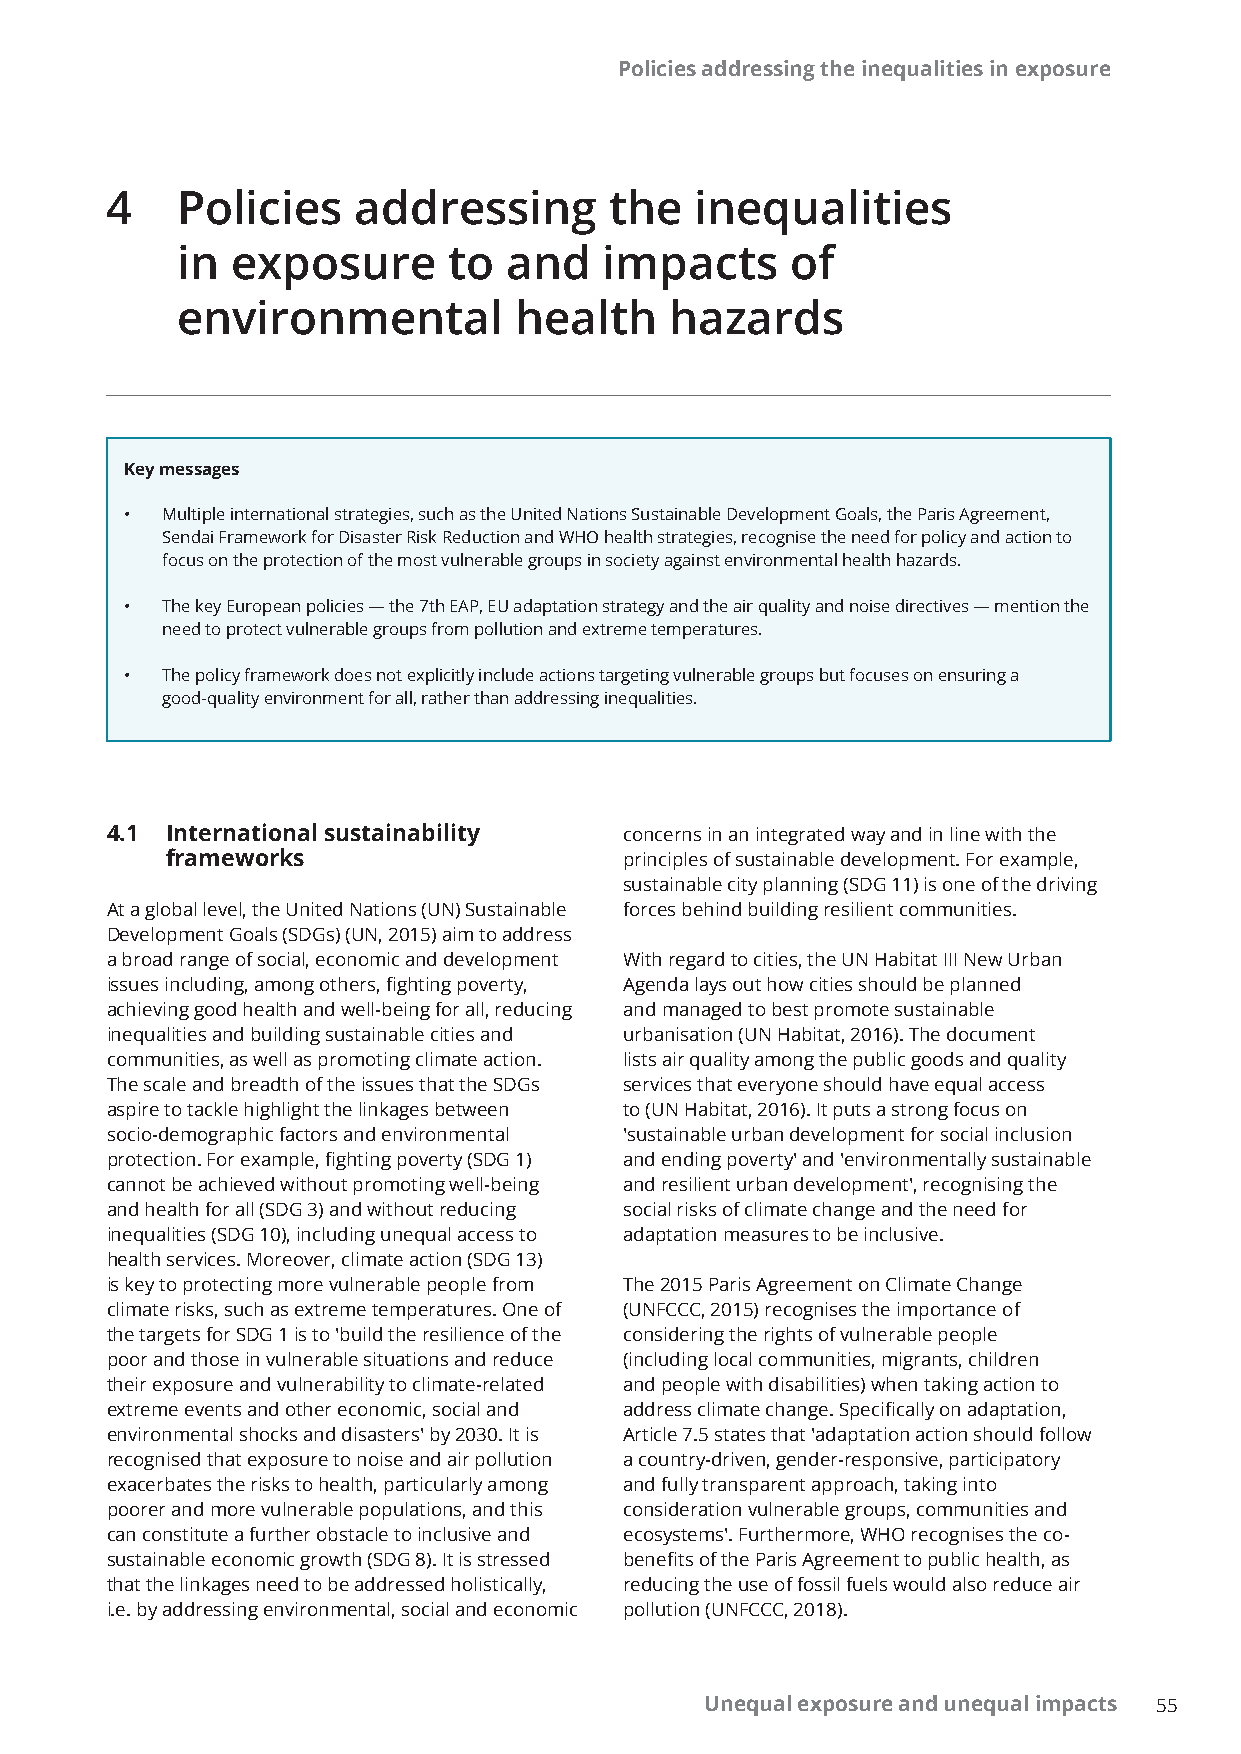
Policies addressing the inequalities in exposure
 4    Policies    addressing      the   inequalities
 in exposure       to  and   impacts     of
 environmental         health    hazards
 Key messages
 •  Multiple international strategies, such as the United Nations Sustainable Development Goals, the Paris Agreement,
 Sendai Framework for Disaster Risk Reduction and WHO health strategies, recognise the need for policy and action to
 focus on the protection of the most vulnerable groups in society against environmental health hazards.
 •  The key European policies — the 7th EAP, EU adaptation strategy and the air quality and noise directives — mention the
 need to protect vulnerable groups from pollution and extreme temperatures.
 •  The policy framework does not explicitly include actions targeting vulnerable groups but focuses on ensuring a
 good-quality environment for all, rather than addressing inequalities.
 4.1 International sustainability  concerns in an integrated way and in line with the
 frameworks                    principles of sustainable development. For example,
 sustainable city planning (SDG 11) is one of the driving
 At a global level, the United Nations (UN) Sustainable forces behind building resilient communities.
 Development Goals (SDGs) (UN, 2015) aim to address
 a broad range of social, economic and development With regard to cities, the UN Habitat III New Urban
 issues including, among others, fighting poverty, Agenda lays out how cities should be planned
 achieving good health and well-being for all, reducing and managed to best promote sustainable
 inequalities and building sustainable cities and urbanisation (UN Habitat, 2016). The document
 communities, as well as promoting climate action. lists air quality among the public goods and quality
 The scale and breadth of the issues that the SDGs services that everyone should have equal access
 aspire to tackle highlight the linkages between to (UN Habitat, 2016). It puts a strong focus on
 socio-demographic factors and environmental 'sustainable urban development for social inclusion
 protection. For example, fighting poverty (SDG 1) and ending poverty' and 'environmentally sustainable
 cannot be achieved without promoting well-being and resilient urban development', recognising the
 and health for all (SDG 3) and without reducing social risks of climate change and the need for
 inequalities (SDG 10), including unequal access to adaptation measures to be inclusive.
 health services. Moreover, climate action (SDG 13)
 is key to protecting more vulnerable people from The 2015 Paris Agreement on Climate Change
 climate risks, such as extreme temperatures. One of (UNFCCC, 2015) recognises the importance of
 the targets for SDG 1 is to 'build the resilience of the considering the rights of vulnerable people
 poor and those in vulnerable situations and reduce (including local communities, migrants, children
 their exposure and vulnerability to climate-related and people with disabilities) when taking action to
 extreme events and other economic, social and address climate change. Specifically on adaptation,
 environmental shocks and disasters' by 2030. It is Article 7.5 states that 'adaptation action should follow
 recognised that exposure to noise and air pollution a country-driven, gender-responsive, participatory
 exacerbates the risks to health, particularly among and fully transparent approach, taking into
 poorer and more vulnerable populations, and this consideration vulnerable groups, communities and
 can constitute a further obstacle to inclusive and ecosystems'. Furthermore, WHO recognises the co-
 sustainable economic growth (SDG 8). It is stressed benefits of the Paris Agreement to public health, as
 that the linkages need to be addressed holistically, reducing the use of fossil fuels would also reduce air
 i.e. by addressing environmental, social and economic pollution (UNFCCC, 2018).
 Unequal exposure and unequal impacts 55